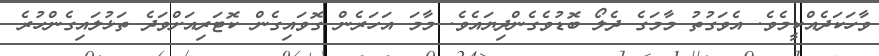
ވާހަކަދެއްކީމެވެ. އެވަގުތު މާމަގެ ދެލޯ ބޮޑުވެގެންދިޔައެވެ. މާމަ އަހަރެން ގޮވައިގެން ކޮޓަރިއަށްވަދެ ތަޅުލައިގެންހުރެ